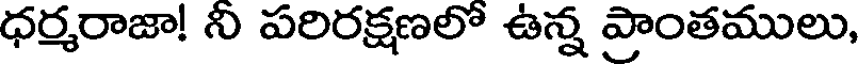
ధర్మరాజా! నీ పరిరక్షణలో ఉన్న ప్రాంతములు,